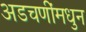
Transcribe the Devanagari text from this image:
अडचणींमधुन